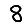
Digit: 8